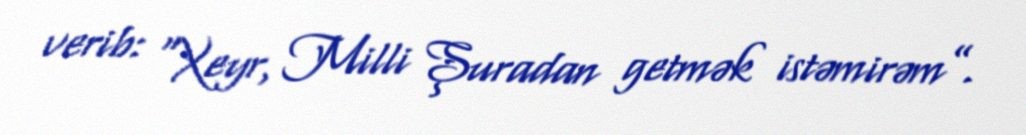
verib: “Xeyr, Milli Şuradan getmək istəmirəm”.